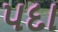
પદા